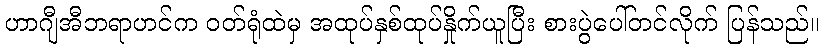
ဟာဂျီအီဘရာဟင်က ဝတ်ရုံထဲမှ အထုပ်နှစ်ထုပ်နှိုက်ယူပြီး စားပွဲပေါ်တင်လိုက် ပြန်သည်။